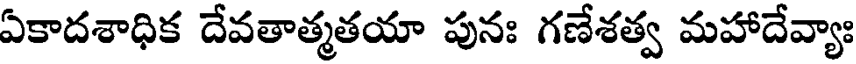
ఏకాదశాధిక దేవతాత్మతయా పునః గణేశత్వ మహాదేవ్యాః